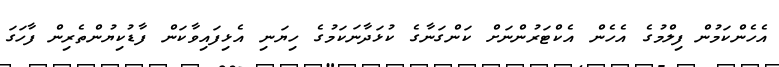
އެހެންކަމުން ފިލްމުގެ އެހެން އެކްޓަރުންނަށް ކަންގަނާގެ ކުޅަދާނަކަމުގެ ހިޔަނި އެޅިފައިވާކަން ފާޑުކިޔުންތެރިން ފާހަގަ